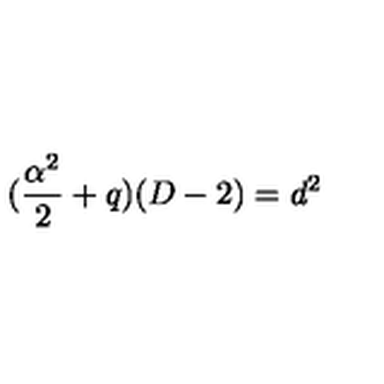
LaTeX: ( \frac { \alpha ^ { 2 } } { 2 } + q ) ( D - 2 ) = d ^ { 2 }